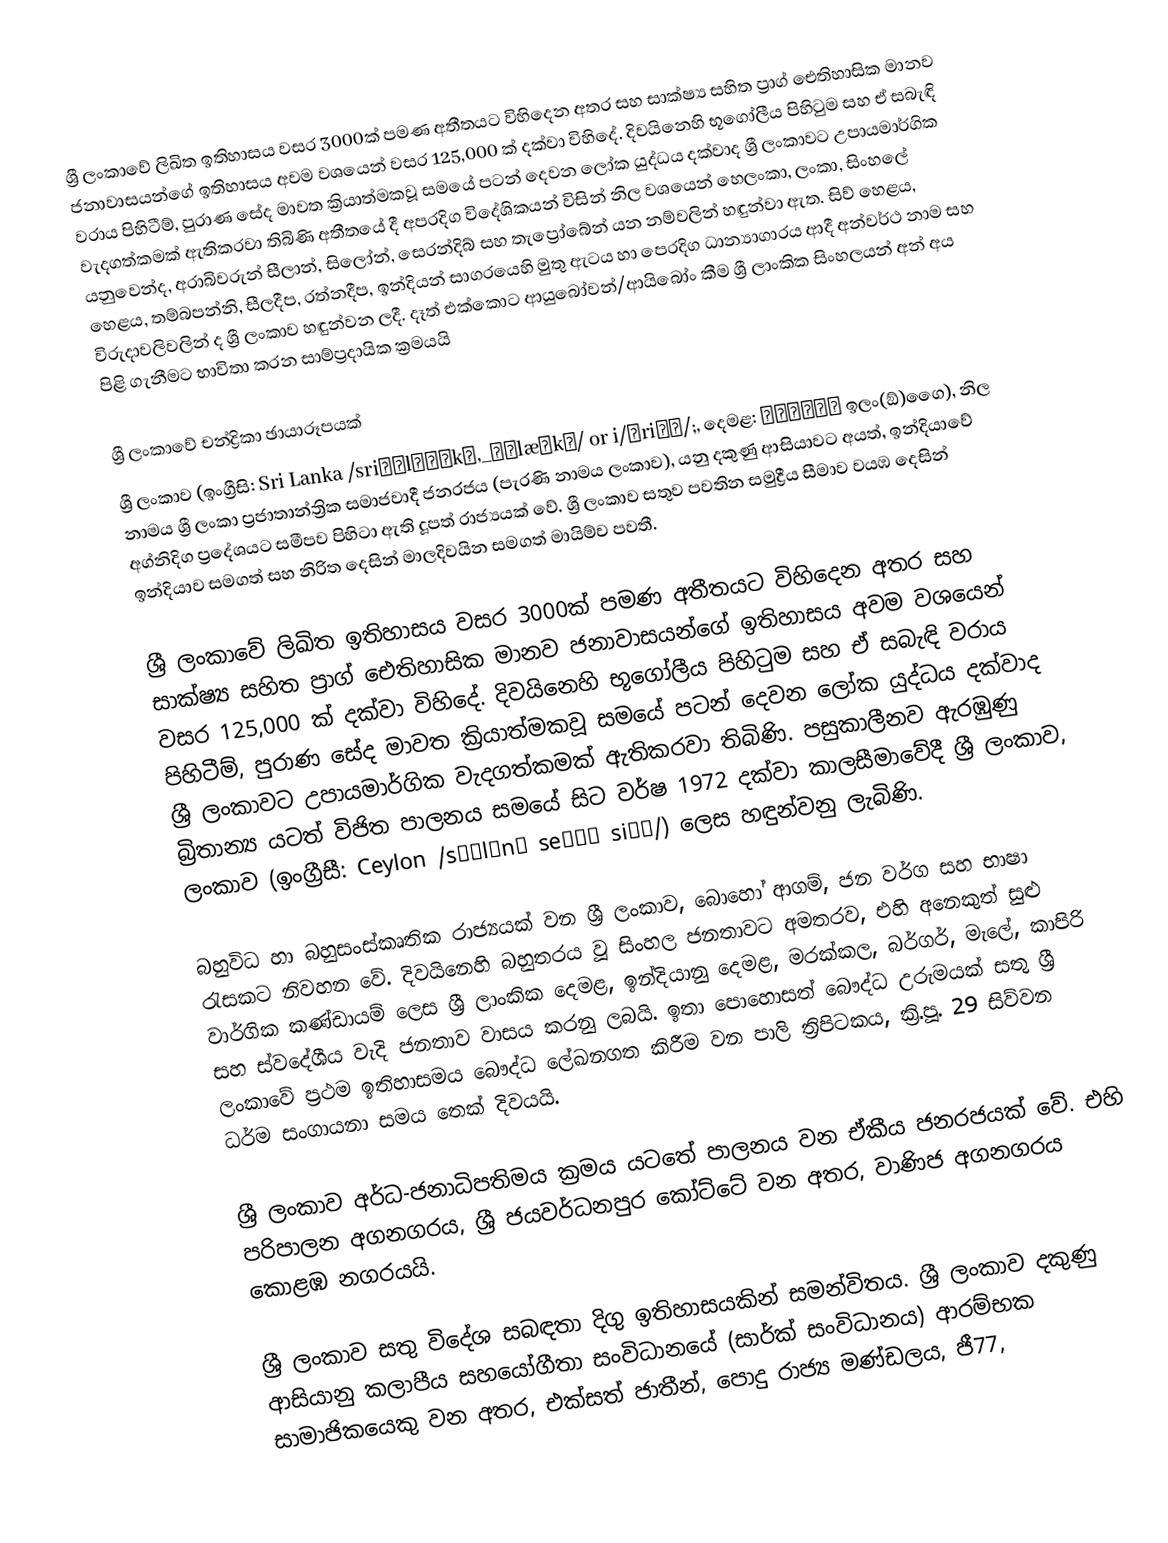
ශ්‍රී ලංකාවේ ලිඛිත ඉතිහාසය වසර 3000ක් පමණ අතීතයට විහිදෙන අතර සහ සාක්ෂ්‍ය සහිත ප්‍රාග් ඓතිහාසික මානව ජනාවාසයන්ගේ ඉතිහාසය අවම වශයෙන් වසර 125,000 ක් දක්වා විහිදේ. දිවයිනෙහි භූගෝලීය පිහිටුම සහ ඒ සබැඳි වරාය පිහිටීම්, පුරාණ සේද මාවත ක්‍රියාත්මකවූ සමයේ පටන් දෙවන ලෝක යුද්ධය දක්වාද  ශ්‍රී ලංකාවට උපායමාර්ගික වැදගත්කමක් ඇතිකරවා තිබිණි අතීතයේ දී අපරදිග විදේශිකයන් විසින් නිල වශයෙන් හෙලංකා, ලංකා, සිංහලේ යනුවෙන්ද, අරාබිවරුන් සීලාන්, සිලෝන්, සෙරන්දිබ් සහ තැප්‍රෝබේන් යන නම්වලින් හඳුන්වා ඇත. සිව් හෙළය, හෙළය, තම්බපන්නි, සීලදීප, රත්නදීප, ඉන්දියන් සාගරයෙහි මුතු ඇටය හා පෙරදිග ධාන්‍යාගාරය ආදී අන්වර්ථ නාම සහ විරුදාවලිවලින් ද ශ්‍රී ලංකාව හඳුන්වන ලදී. දෑත් එක්කොට ආයුබෝවන්/ආයිබෝං කීම ශ්‍රී ලාංකික සිංහලයන් අන් අය පිළි ගැනීමට භාවිතා කරන සාම්ප්‍රදායික ක්‍රමයයි

ශ්‍රී ලංකාවේ චන්ද්‍රිකා ඡායාරූපයක්
ශ්‍රී ලංකාව (ඉංග්‍රීසි: Sri Lanka /sriːˈlɑːŋkə,_ʔˈlæŋkə/ or i/ʃriːʔ/;, දෙමළ: இலங்கை ඉලං(ඞ්)ගෛ), නිල නාමය ශ්‍රී ලංකා ප්‍රජාතාන්ත්‍රික සමාජවාදී ජනරජය (පැරණි නාමය ලංකාව), යනු දකුණු ආසියාවට අයත්, ඉන්දියාවේ අග්නිදිග ප්‍රදේශයට සමීපව පිහිටා ඇති දූපත් රාජ්‍යයක් වේ. ශ්‍රී ලංකාව සතුව පවතින සමුද්‍රීය සීමාව වයඹ දෙසින් ඉන්දියාව සමගත් සහ නිරිත දෙසින් මාලදිවයින සමගත් මායිම්ව පවතී.

ශ්‍රී ලංකාවේ ලිඛිත ඉතිහාසය වසර 3000ක් පමණ අතීතයට විහිදෙන අතර සහ සාක්ෂ්‍ය සහිත ප්‍රාග් ඓතිහාසික මානව ජනාවාසයන්ගේ ඉතිහාසය අවම වශයෙන් වසර 125,000 ක් දක්වා විහිදේ. දිවයිනෙහි භූගෝලීය පිහිටුම සහ ඒ සබැඳි වරාය පිහිටීම්, පුරාණ සේද මාවත ක්‍රියාත්මකවූ සමයේ පටන් දෙවන ලෝක යුද්ධය දක්වාද  ශ්‍රී ලංකාවට උපායමාර්ගික වැදගත්කමක් ඇතිකරවා තිබිණි. පසුකාලීනව ඇරඹුණු බ්‍රිතාන්‍ය යටත් විජිත පාලනය සමයේ සිට වර්ෂ 1972 දක්වා කාලසීමාවේදී ශ්‍රී ලංකාව, ලංකාව (ඉංග්‍රීසී: Ceylon /sɪˈlɒnˌ seɪʔˌ siːʔ/) ලෙස හඳුන්වනු ලැබිණි.

බහුවිධ හා බහුසංස්කෘතික රාජ්‍යයක් වන ශ්‍රී ලංකාව, බොහෝ ආගම්, ජන වර්ග සහ භාෂා රැසකට නිවහන වේ. දිවයිනෙහි බහුතරය වූ සිංහල ජනතාවට අමතරව, එහි අනෙකුත් සුළු වාර්ගික කණ්ඩායම් ලෙස ශ්‍රී ලාංකික දෙමළ, ඉන්දියානු දෙමළ, මරක්කල, බර්ගර්, මැලේ, කාපිරි සහ ස්වදේශීය වැදි ජනතාව වාසය කරනු ලබයි. ඉතා පොහොසත් බෞද්ධ උරුමයක් සතු ශ්‍රී ලංකාවේ ප්‍රථම ඉතිහාසමය බෞද්ධ ලේඛනගත කිරීම වන පාලි ත්‍රිපිටකය, ක්‍රි.පූ. 29 සිව්වන ධර්ම සංගායනා සමය තෙක් දිවයයි.

ශ්‍රී ලංකාව අර්ධ-ජනාධිපතිමය ක්‍රමය යටතේ පාලනය වන ඒකීය ජනරජයක් වේ. එහි පරිපාලන අගනගරය, ශ්‍රී ජයවර්ධනපුර කෝට්ටේ වන අතර, වාණිජ අගනගරය කොළඹ නගරයයි.

ශ්‍රී ලංකාව සතු විදේශ සබඳතා දිගු ඉතිහාසයකින් සමන්විතය. ශ්‍රී ලංකාව දකුණු ආසියානු කලාපීය සහයෝගීතා සංවිධානයේ (සාර්ක් සංවිධානය) ආරම්භක සාමාජිකයෙකු වන අතර, එක්සත් ජාතීන්, පොදු රාජ්‍ය මණ්ඩලය, ජී77,